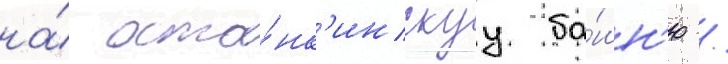
на́ оста́нк'инскуу ба́шн'ю /